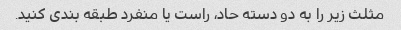
مثلث زیر را به دو دسته حاد، راست یا منفرد طبقه بندی کنید.